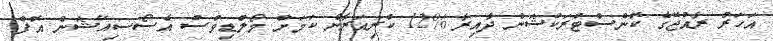
އަހަރު ރާއްޖޭގެ ކޮންސްޓްރަކްޝަން ދާއިރާ %12 ކުރިއަރާނެ ކަމަށް މޯލްޑިވްސް އެސޯސިއޭޝަން އޮފް